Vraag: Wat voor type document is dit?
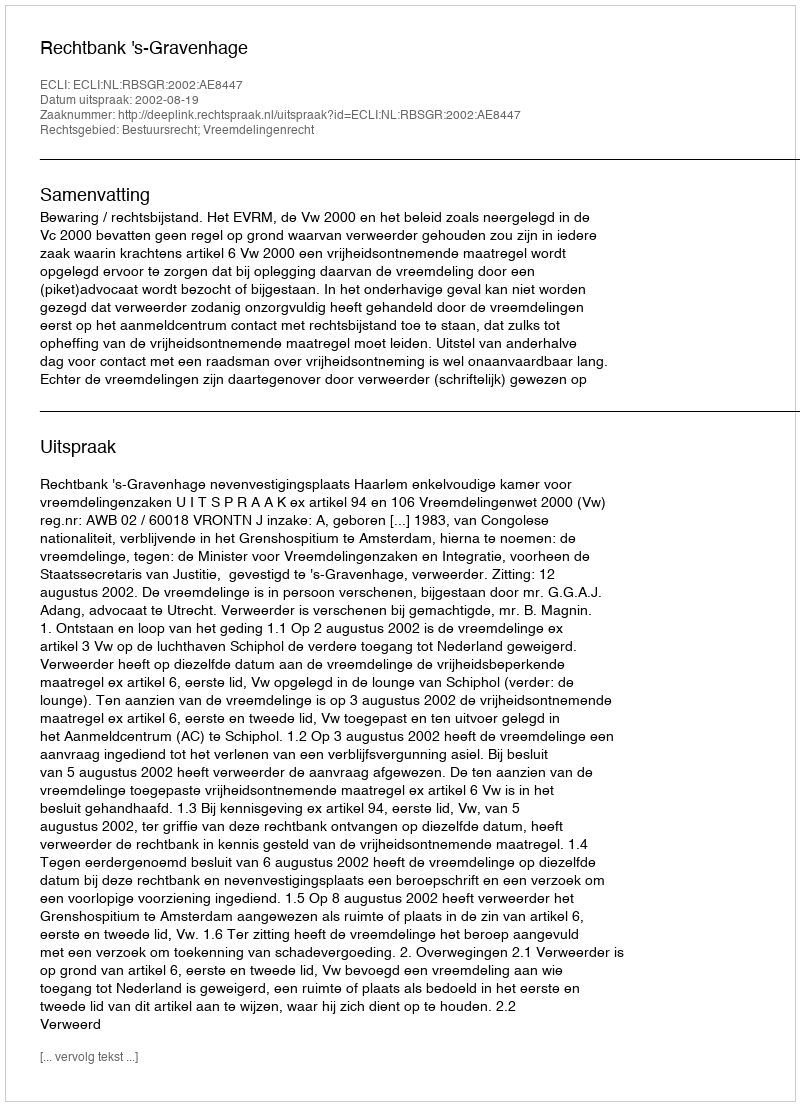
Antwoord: Uitspraak